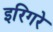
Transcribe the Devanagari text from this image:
इरिगरे